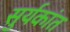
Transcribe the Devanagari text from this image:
सुर्यकांत